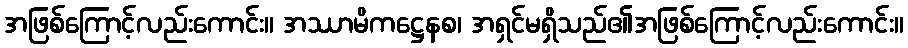
အဖြစ်ကြောင့်လည်းကောင်း။ အဿာမိကဋ္ဌေနစ၊ အရှင်မရှိသည်၏အဖြစ်ကြောင့်လည်းကောင်း။